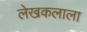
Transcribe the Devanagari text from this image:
लेखकलाला